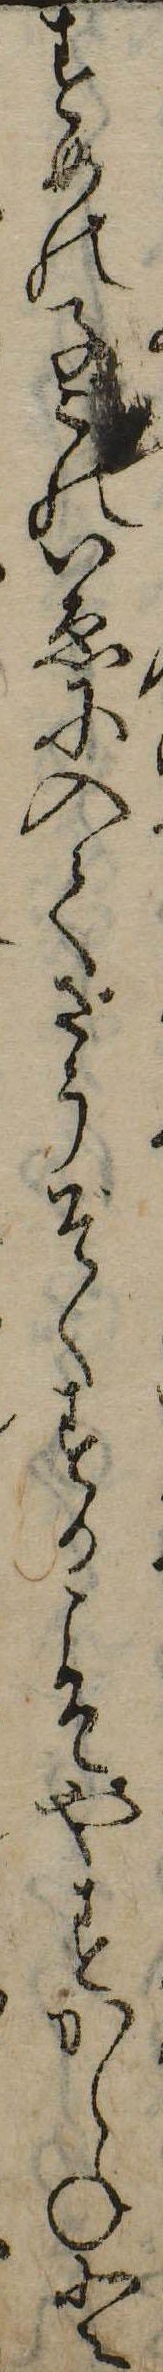
すめの子このいゑに入てさうぞくするこそやすからねと